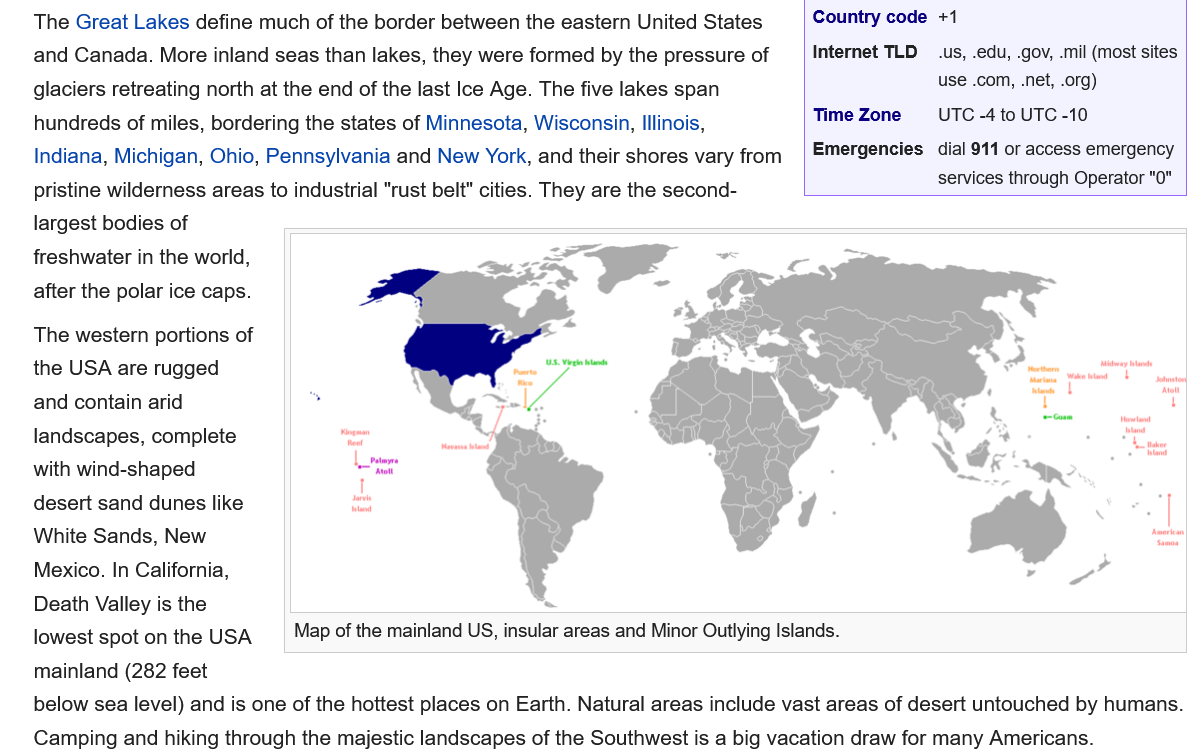
The Great Lakes define much of the border between the eastern United States
    and Canada. More inland seas than lakes, they were formed by the pressure of
    glaciers retreating north at the end of the last Ice Age. The five lakes span
    hundreds of miles, bordering the states of Minnesota, Wisconsin, Illinois,
    Indiana, Michigan, Ohio, Pennsylvania and New York, and their shores vary from
    pristine wilderness areas to industrial "rust belt" cities. They are the second-
    largest bodies of
    freshwater in the world,
    after the polar ice caps.
    The western portions of
    the USA are rugged
    and contain arid
    landscapes, complete
    with wind-shaped
    desert sand dunes like
    White Sands, New
    Mexico. In California,
    Death Valley is the
    lowest spot on the USA
    mainland (282 feet
    below sea level) and is one of the hottest places on Earth. Natural areas include vast areas of desert untouched by humans.
    Camping and hiking through the majestic landscapes of the Southwest is a big vacation draw for many Americans.
     Map of the mainland US, insular areas and Minor Outlying Islands.

     Country code +1
     Internet TLD _.us, .edu, .gov, .mil (most sites
     use .com, .net, .org)
     Time Zone  UTC -4 to UTC -10
     Emergencies dial 911 or access emergency
     services through Operator "0"